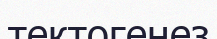
тектогенез